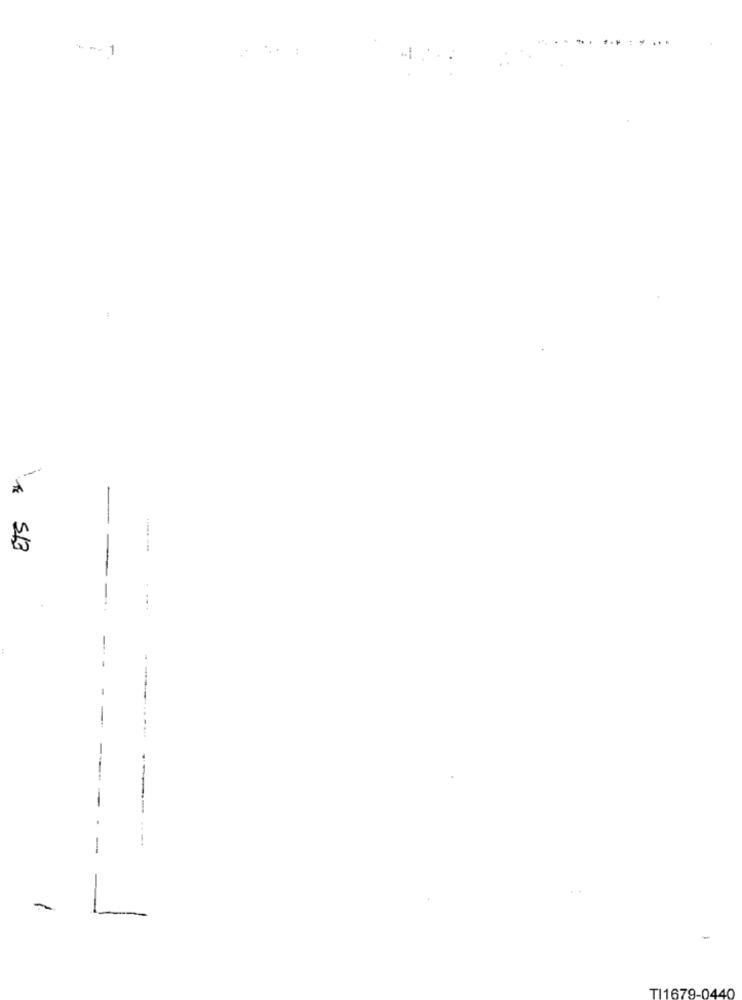
** *- 1
-
* 513
-
--.
-
-
TI1679-0440